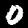
Digit: 0